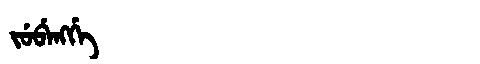
Manchu: ᠵᡠᠪᡝᠩᡤᡝ
Romanization: JUBENGGE